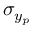
\sigma _ { y _ { p } }